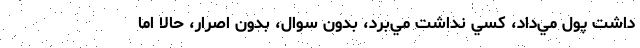
داشت پول مي‌داد، كسي نداشت مي‌برد، بدون سوال، بدون اصرار، حالا اما